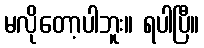
မလိုတော့ပါဘူး။ ရပါပြီ။